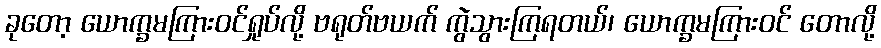
ခုတော့ ယောက္ခမကြားဝင်ရှုပ်လို့ ဗရုတ်ဗယက် ကွဲသွားကြရတယ်၊ ယောက္ခမကြားဝင် တောလို့